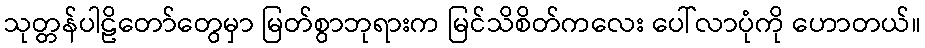
သုတ္တန်ပါဠိတော်တွေမှာ မြတ်စွာဘုရားက မြင်သိစိတ်ကလေး ပေါ်လာပုံကို ဟောတယ်။